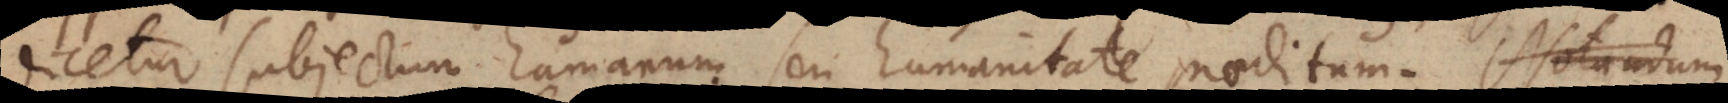
dicetur subjectum humanum seu humanitate praeditum.